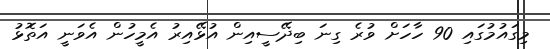
މިގައުމުގައި 90 ހާހަށް ވުރެ ގިނަ ބިދޭސީއިން އުޅޭއިރު އެމީހުން އެވަނީ އަތޮޅު